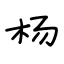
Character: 杨